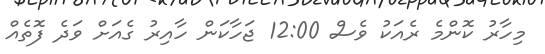
މިހާރު ކޮންމެ ރެއަކު ވެސް 12:00 ޖަހާކަން ހާއިރު ގެއަށް ވަދެ ފޮތެއް